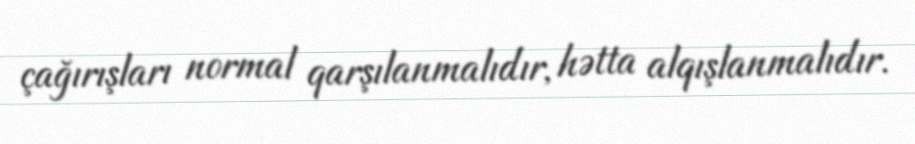
çağırışları normal qarşılanmalıdır, hətta alqışlanmalıdır.